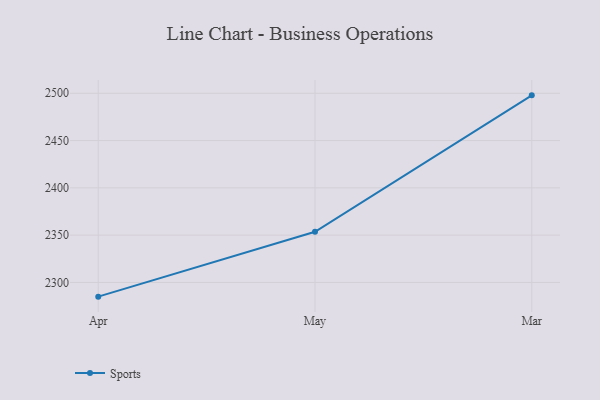
{"axis": {"x": "Month", "y": "Revenue (USD Million)"}, "legend": ["Sports"], "data": [{"x": "Apr", "y": 2285.0, "type": "Sports"}, {"x": "May", "y": 2353.6, "type": "Sports"}, {"x": "Mar", "y": 2497.8, "type": "Sports"}]}